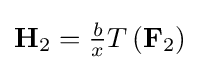
\mathbf {H} _{2}={\tfrac {b}{x}}T\left(\mathbf {F} _{2}\right)